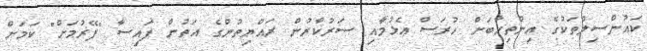
ކައުންސިލްތަކުގެ އިންތިހާބަށް ހުރަސް އެޅުމާއި ސަރުކާރުން ރައްޔިތުންގެ އަތުން ފައިސާ "ފޭރުމަށް" ކަމަށް